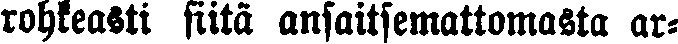
rohkeasti siitä ansaitsemattomasta ar-